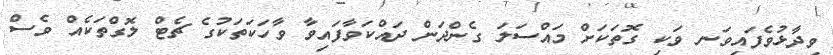
ވިދާޅުވެފައިވަނ ވަކި ގޮތަކަށް މައްސަލަ ގެންދަން ދައްކަވާފައިވާ ވާހަކަތަކުގެ ޗެޓް ލޮގްތަކެއް ވެސް